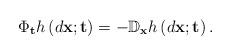
LaTeX: \begin{align*}\Phi_{\mathbf{t}}h\left(d\mathbf{x};\mathbf{t}\right)=-\mathbb{D}_{\mathbf{x}}h\left(d\mathbf{x};\mathbf{t}\right).\end{align*}